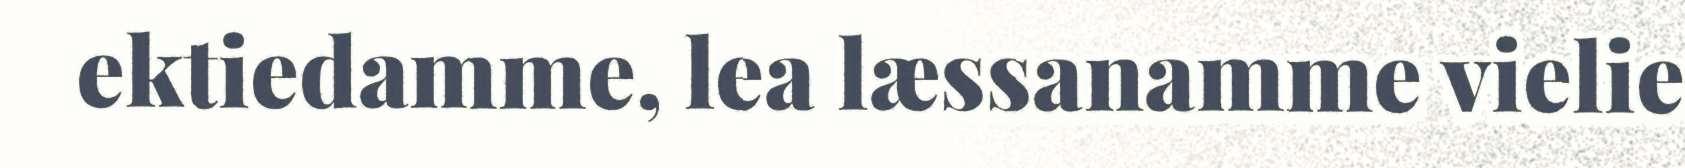
ektiedamme, lea læssanamme vielie